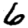
Digit: 6